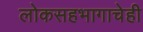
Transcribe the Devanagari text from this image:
लोकसहभागाचेही